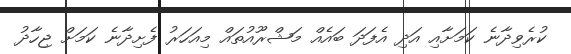
ކުރެވިދާނެ ކަމަށާއި އަދި އެފަދަ ބައެެއް މަޝްރޫއުތައް މިއަހަރު ފެށިދާނެ ކަމަށް ޖިހާދު